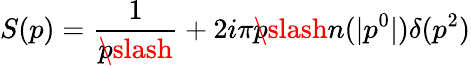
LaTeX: S(p)={\frac{1}{p\! \! \! \slash}}+2i\pi p\! \! \! \slash n(|p^{0}|)\delta(p^{2})